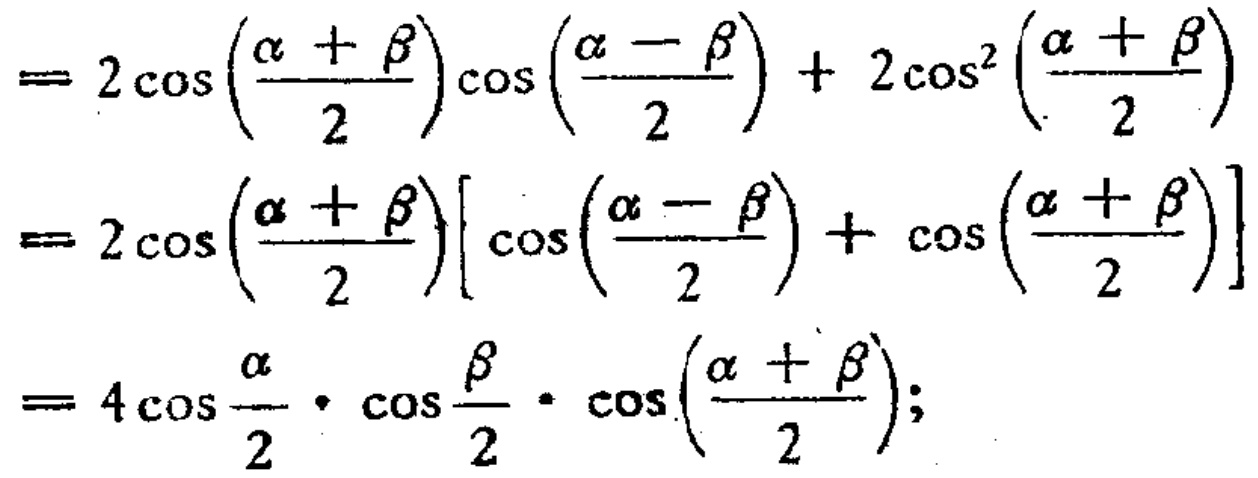
\[

\begin{align*}

&= 2\cos\left(\frac{\alpha+\beta}{2}\right)\cos\left(\frac{\alpha - \beta}{2}\right)+2\cos^{2}\left(\frac{\alpha+\beta}{2}\right)\\

&= 2\cos\left(\frac{\alpha+\beta}{2}\right)\left[\cos\left(\frac{\alpha - \beta}{2}\right)+\cos\left(\frac{\alpha+\beta}{2}\right)\right]\\

&= 4\cos\frac{\alpha}{2}\cdot\cos\frac{\beta}{2}\cdot\cos\left(\frac{\alpha+\beta}{2}\right);

\end{align*}

\]